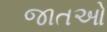
જાતઓ